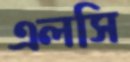
এলসি